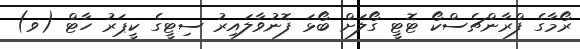
ރޯމާގެ ފްރާންޗެސްކޯ ޓޮޓީ ގޯލަށް ބޯޅަ ފޮނުވާލައިރު ސިޓީގެ ކީޕަރު ހާޓް (ވ)